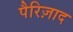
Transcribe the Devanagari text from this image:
पैरिज़ाद